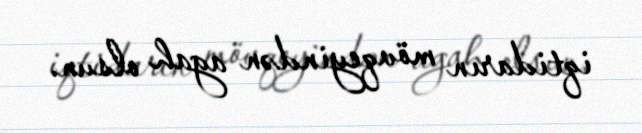
iqtidarın mövqeyindən agah olsun.